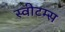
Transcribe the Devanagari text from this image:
स्वीटम्स